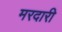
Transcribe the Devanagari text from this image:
मरदारी